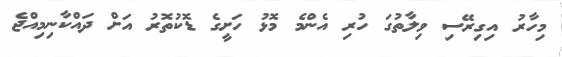
މިހާރު އިގިރޭސި ވިލާތުގަ ހުރި އެންމެ މޮޅު ހަށީގެ ޑޮކުތޮރު އަށް ދައްކާނިމިއްޖެ